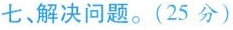
七、解决问题。(25分)